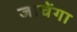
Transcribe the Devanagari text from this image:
जाचेंगा